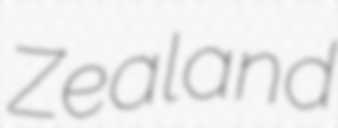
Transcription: Zealand